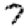
Digit: 7